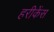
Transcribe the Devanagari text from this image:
हरीकेंस